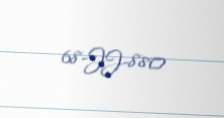
68-JJ-880